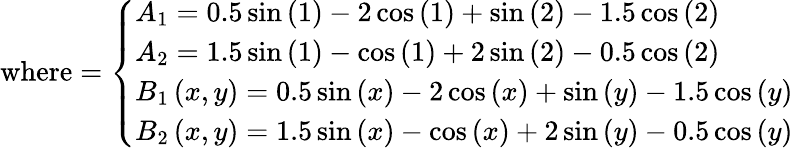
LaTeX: {\mathrm{where}}={\left\{ \begin{array}{ll}{A_{1}=0.5\sin\left(1\right)-2\cos\left(1\right)+\sin\left(2\right)-1.5\cos\left(2\right)}\\ {A_{2}=1.5\sin\left(1\right)-\cos\left(1\right)+2\sin\left(2\right)-0.5\cos\left(2\right)}\\ {B_{1}\left(x,y\right)=0.5\sin\left(x\right)-2\cos\left(x\right)+\sin\left(y\right)-1.5\cos\left(y\right)}\\ {B_{2}\left(x,y\right)=1.5\sin\left(x\right)-\cos\left(x\right)+2\sin\left(y\right)-0.5\cos\left(y\right)}\end{array}\right.}